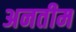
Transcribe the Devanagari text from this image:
अनतीम